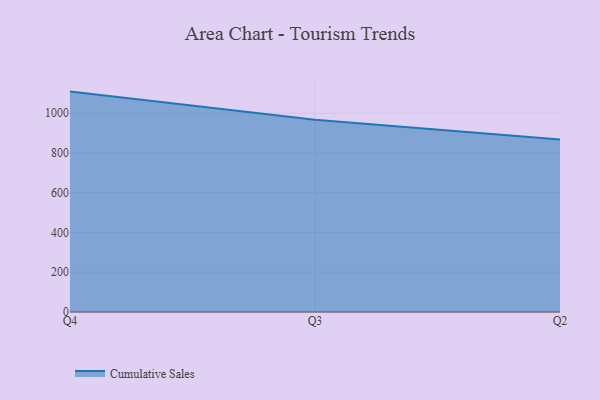
{"axis": {"x": "Quarter", "y": "Market Share (%)"}, "legend": ["Cumulative Sales"], "data": [{"x": "Q4", "y": 1108.9, "type": "Cumulative Sales"}, {"x": "Q3", "y": 967.1, "type": "Cumulative Sales"}, {"x": "Q2", "y": 867.4, "type": "Cumulative Sales"}]}